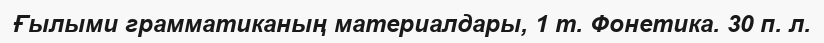
Ғылыми грамматиканың материалдары, 1 т. Фонетика. 30 п. л.